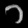
Digit: ၁